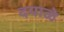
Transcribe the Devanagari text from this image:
दयाळे